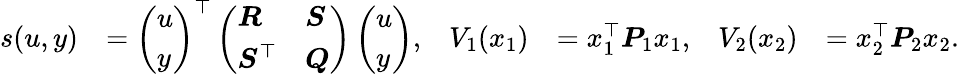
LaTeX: \begin{array}{rlrlrl}{s(u,y)}&{=\left(\begin{array}{l}{u}\\ {y}\end{array}\right)^{\top}\left(\begin{array}{ll}{\boldsymbol{R}}&{\boldsymbol{S}}\\ {\boldsymbol{S}^{\top}}&{\boldsymbol{Q}}\end{array}\right)\left(\begin{array}{l}{u}\\ {y}\end{array}\right),}&{V_{1}(x_{1})}&{=x_{1}^{\top}\boldsymbol{P}_{1}x_{1},}&{V_{2}(x_{2})}&{=x_{2}^{\top}\boldsymbol{P}_{2}x_{2}.}\end{array}